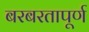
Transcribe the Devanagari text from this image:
बरबरतापूर्ण